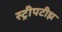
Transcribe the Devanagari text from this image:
स्ट्रीपटीझ